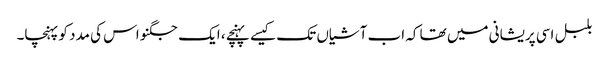
بلبل اسی پریشانی میں تھا کہ اب آشیاں تک کیسے پہنچے ، ایک جگنو اس کی مدد کو پہنچا۔